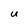
Character: U